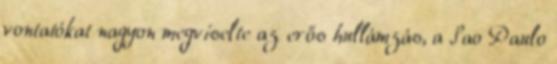
vontatókat nagyon megviselte az erős hullámzás, a Sao Paulo